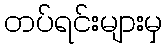
တပ်ရင်းများမှ